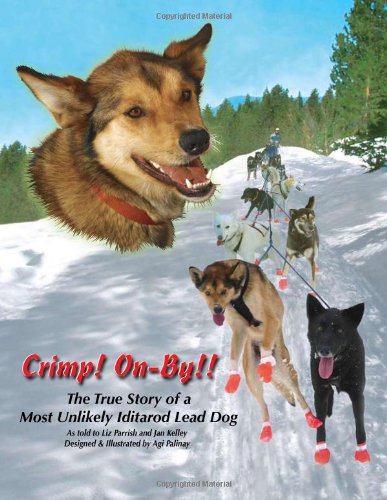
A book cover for Crimp! On-By!! The True Story of a Most Unlikely Iditarod Lead Dog; Liz Parrish; Sports & Outdoors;